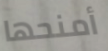
أمنحها